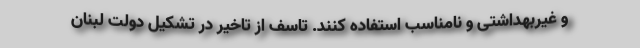
و غیربهداشتی و نامناسب استفاده کنند. تاسف از تاخیر در تشکیل دولت لبنان